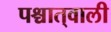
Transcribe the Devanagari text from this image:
पश्चात्‌वाली